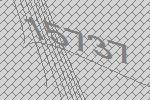
15737